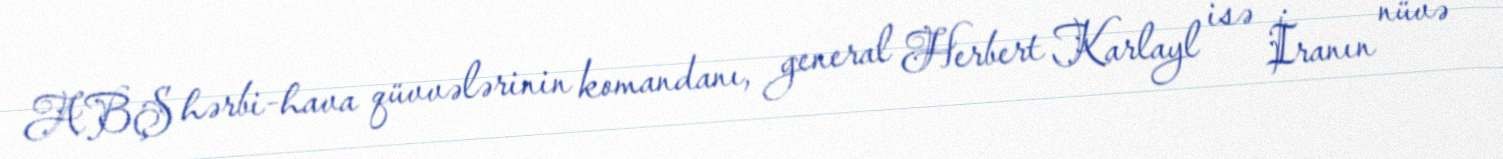
ABŞ hərbi-hava qüvvələrinin komandanı, general Herbert Karlayl isə İranın nüvə